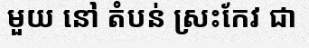
មួយ នៅ តំបន់ ស្រះកែវ ជា